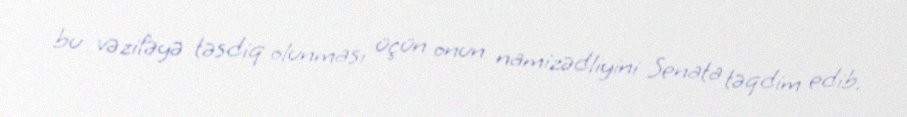
bu vəzifəyə təsdiq olunması üçün onun namizədliyini Senata təqdim edib.